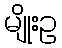
မျိုးဥ